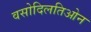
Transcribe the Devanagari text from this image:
वसोदिलतिओन